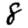
Digit: 8